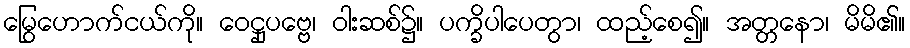
မြွေဟောက်ငယ်ကို။ ဝေဋ္ဌုပဗ္ဗေ၊ ဝါးဆစ်၌။ ပက္ခိပါပေတွာ၊ ထည့်စေ၍။ အတ္တနော၊ မိမိ၏။